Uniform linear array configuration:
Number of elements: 12
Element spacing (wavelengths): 0.75
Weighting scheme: blackman
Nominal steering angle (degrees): -60
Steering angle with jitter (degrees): -60.622
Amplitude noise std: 0.05
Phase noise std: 0.05

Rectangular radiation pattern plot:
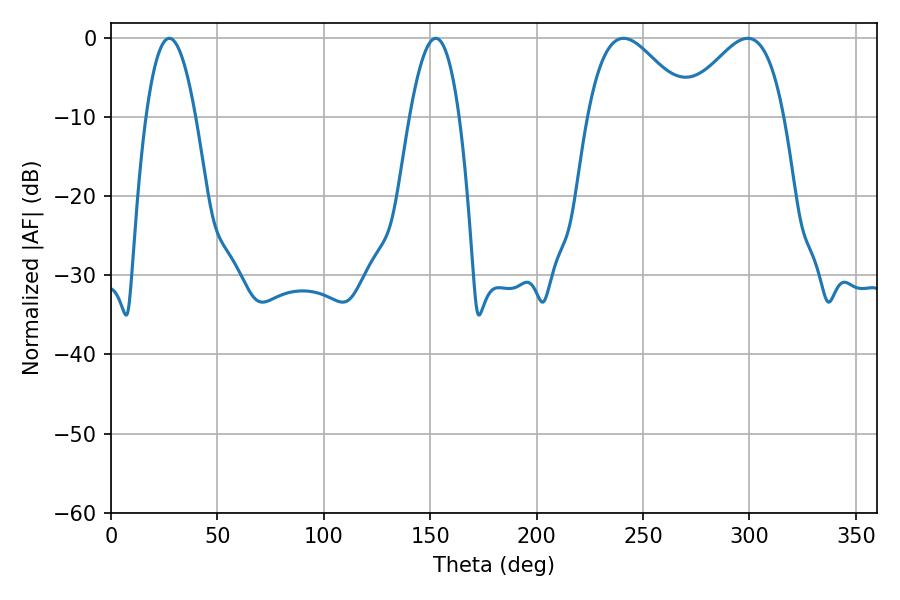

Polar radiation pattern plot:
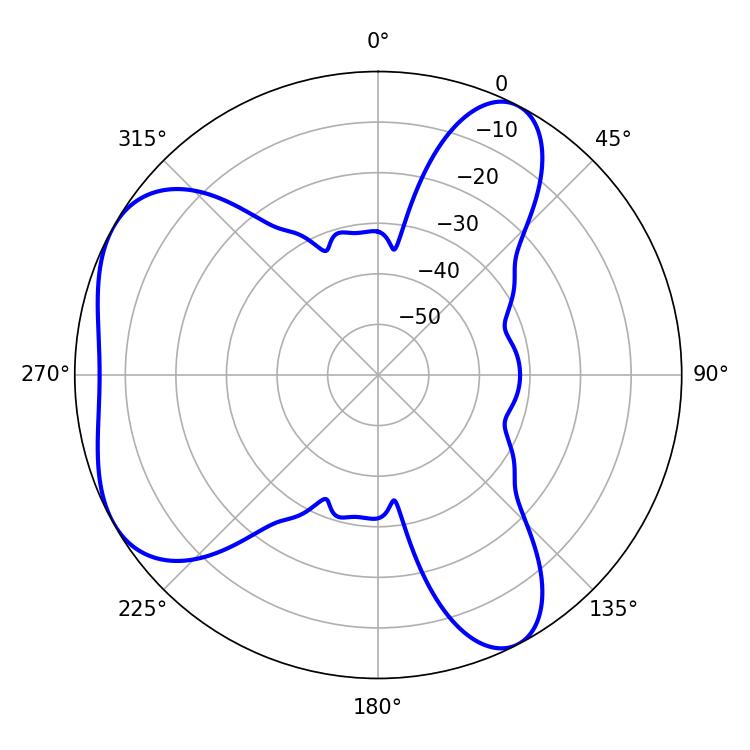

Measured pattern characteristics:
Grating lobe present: TRUE
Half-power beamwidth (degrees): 25.74
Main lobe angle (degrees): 240.84